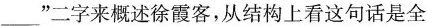
___”二字来概述徐霞客，从结构上看这句话是全